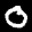
Label: 0